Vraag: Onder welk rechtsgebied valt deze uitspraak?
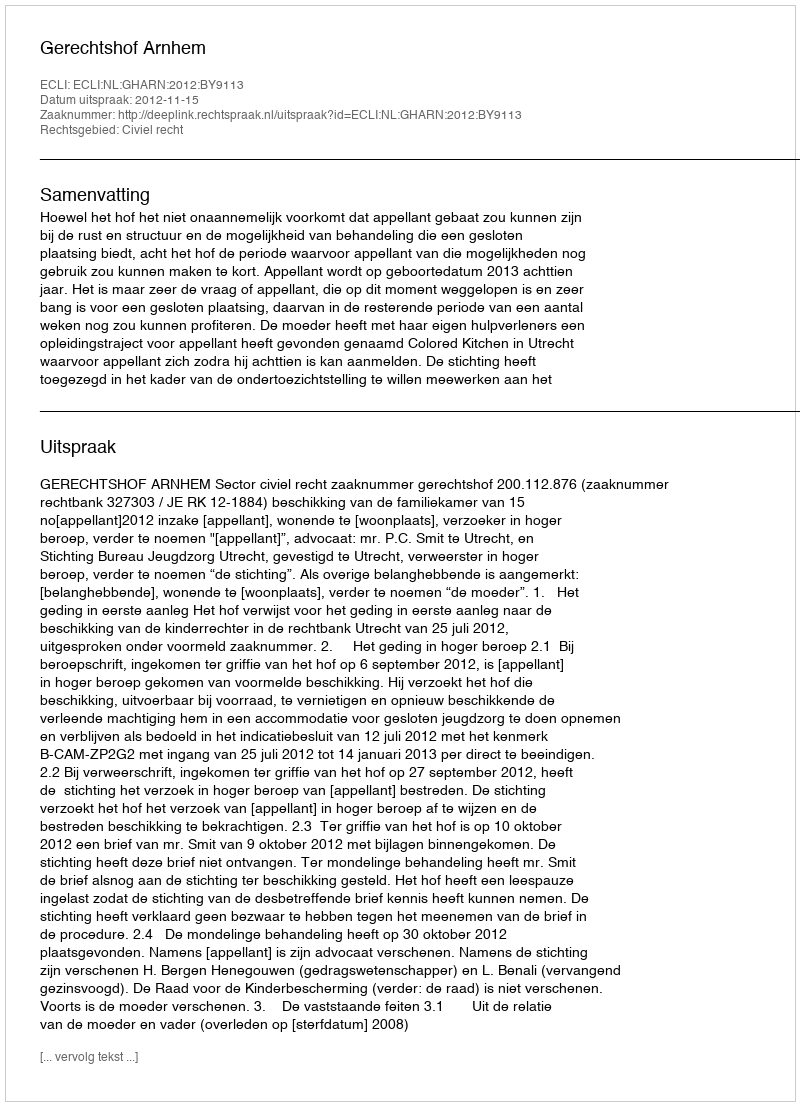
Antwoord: Civiel recht